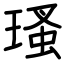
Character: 瑵